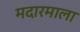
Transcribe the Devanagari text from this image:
मदारमाला